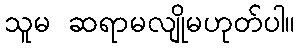
သူမ ဆရာမလျိုမဟုတ်ပါ။